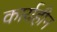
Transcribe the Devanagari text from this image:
कार्यहीन